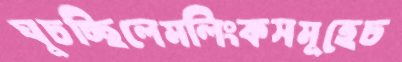
ঘুচচ্ছিলেমলিংকসমূহেচ